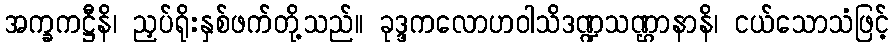
အက္ခကဋ္ဌီနိ၊ ညှပ်ရိုးနှစ်ဖက်တို့သည်။ ခုဒ္ဒကလောဟဝါသိဒဏ္ဍသဏ္ဌာနာနိ၊ ငယ်သောသံဖြင့်